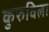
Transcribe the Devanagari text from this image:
कुरुविला